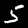
Label: 5